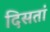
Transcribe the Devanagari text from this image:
दिसतां